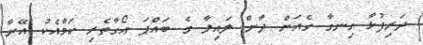
ދަރިފުޅާ ހިނގާ ގެއަށް ދާން ލައިލާ ގެ ބައްޕަ އޯގާތެރި ކަމާއެކު އޭނާ